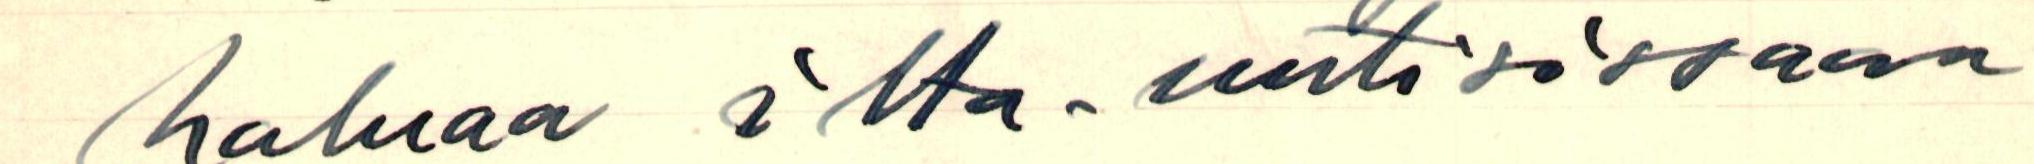
haluaa ilta-uutisissaan